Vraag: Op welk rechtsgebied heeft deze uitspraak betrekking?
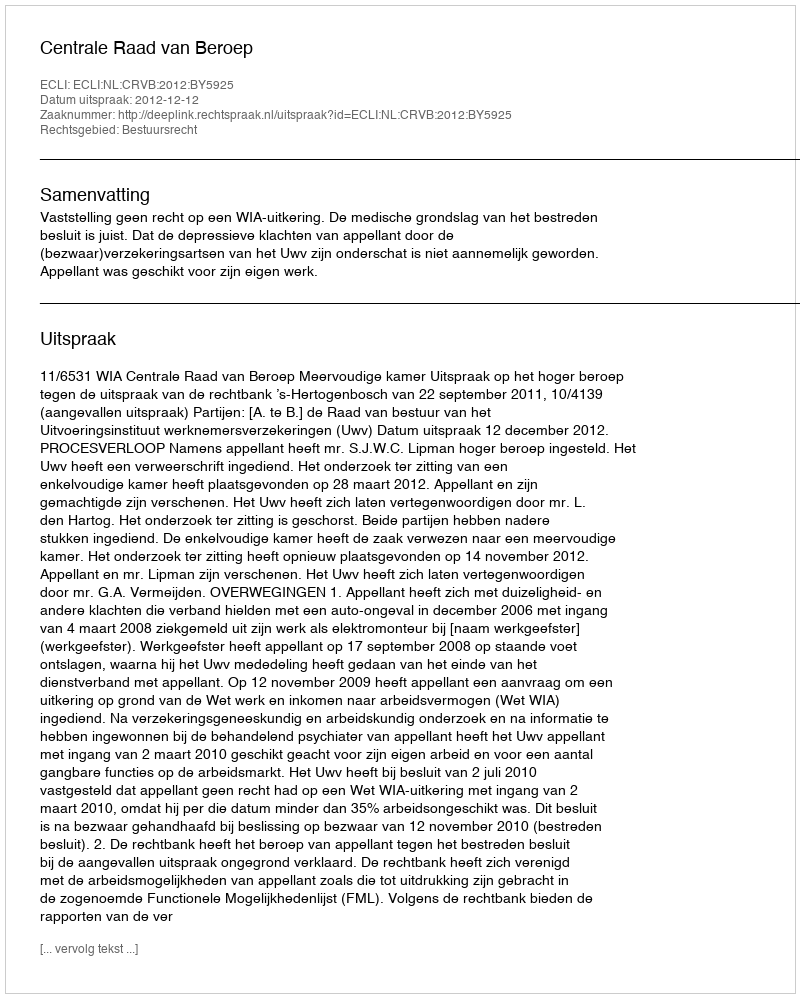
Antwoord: Bestuursrecht